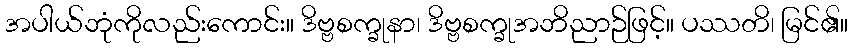
အပါယ်ဘုံကိုလည်းကောင်း။ ဒိဗ္ဗစက္ခုနာ၊ ဒိဗ္ဗစက္ခုအဘိညာဉ်ဖြင့်။ ပဿတိ၊ မြင်၏။